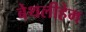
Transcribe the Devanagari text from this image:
बेथलीहेम